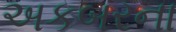
અકબરના